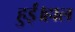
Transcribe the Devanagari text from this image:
हुईं।हाल